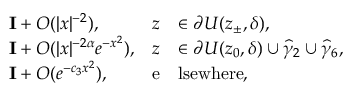
\begin{array} { r l r l } & { \mathbf { I } + O ( | x | ^ { - 2 } ) , } & { z } & { \in \partial U ( z _ { \pm } , \delta ) , } \\ & { \mathbf { I } + O ( | x | ^ { - 2 \alpha } e ^ { - x ^ { 2 } } ) , } & { z } & { \in \partial U ( z _ { 0 } , \delta ) \cup \widehat { \gamma } _ { 2 } \cup \widehat { \gamma } _ { 6 } , } \\ & { \mathbf { I } + O ( e ^ { - c _ { 3 } x ^ { 2 } } ) , } & { \mathrm { e } } & { \mathrm { l s e w h e r e } , } \end{array}